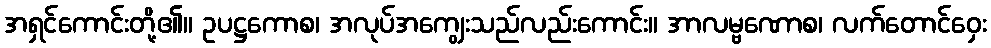
အရှင်ကောင်းတို့၏။ ဥပဋ္ဌကောစ၊ အလုပ်အကျွေးသည်လည်းကောင်း။ အာလမ္ဗဏောစ၊ လက်တောင်ဝှေး